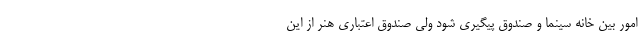
امور بین خانه سینما و صندوق پیگیری شود ولی صندوق اعتباری هنر از این